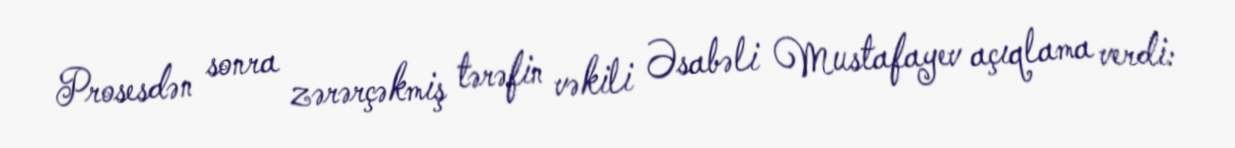
Prosesdən sonra zərərçəkmiş tərəfin vəkili Əsabəli Mustafayev açıqlama verdi: